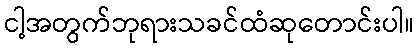
ငါ့အတွက်ဘုရားသခင်ထံဆုတောင်းပါ။